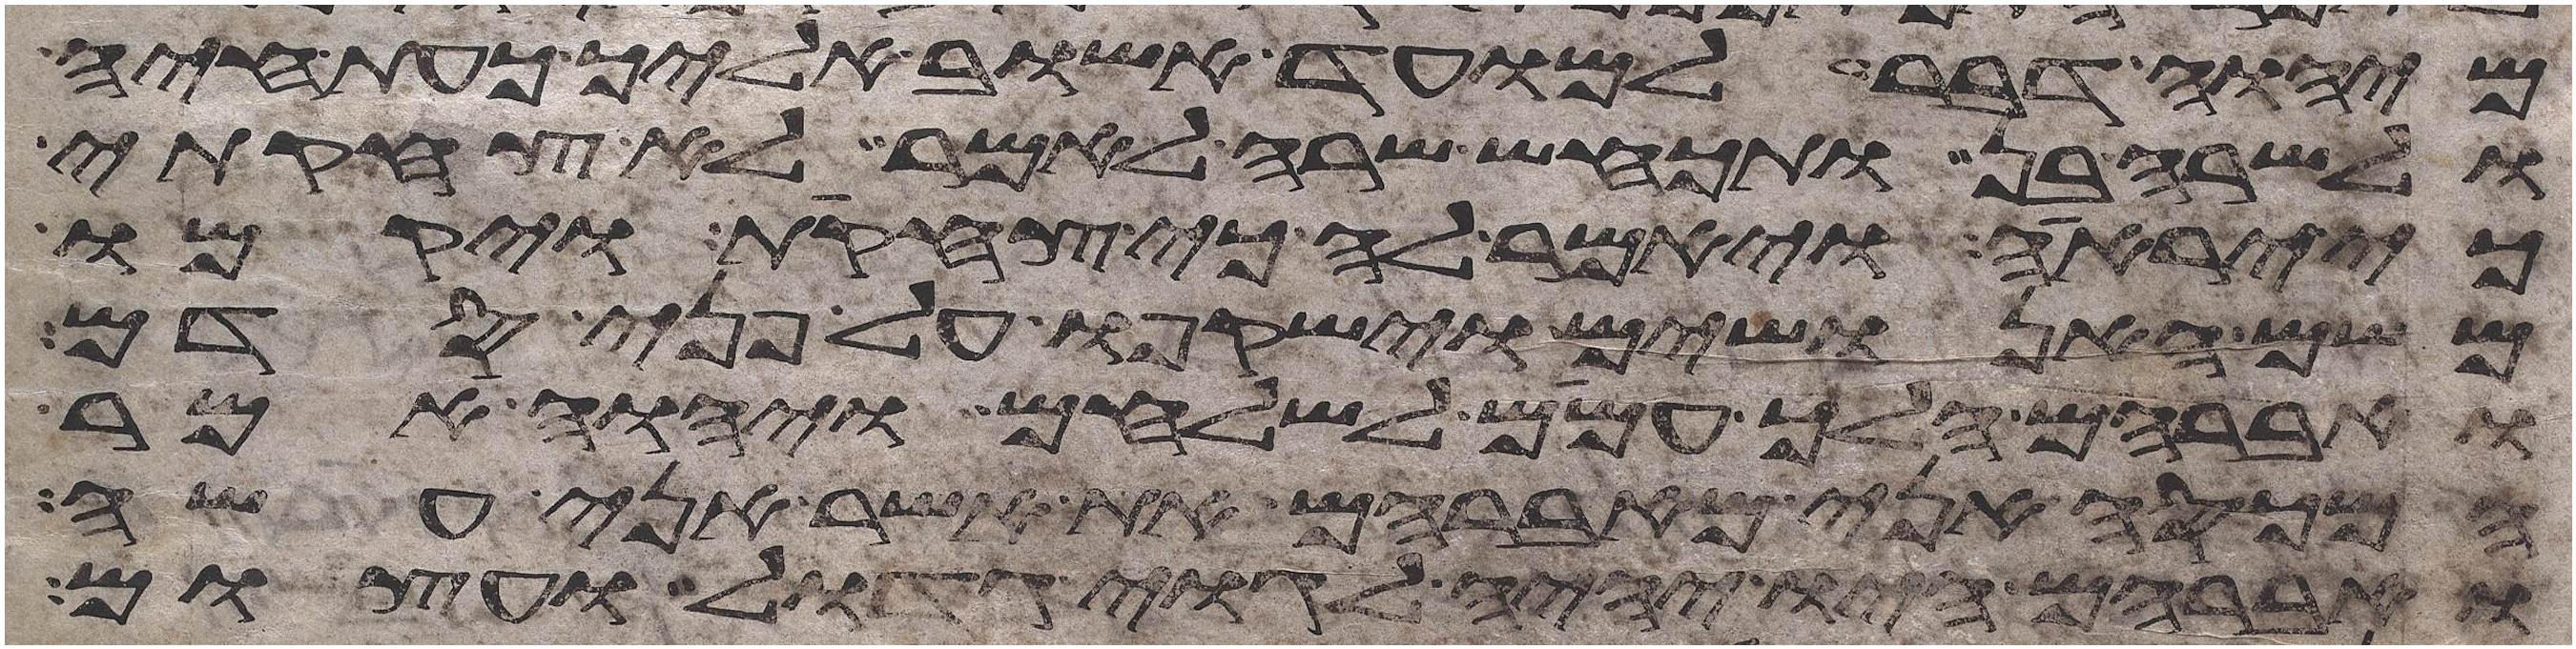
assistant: מיהוה דבר למועד אשוב אליך כעת חיה
ולשרה בן ותכחש שרה לאמר לא צחקתי
יראה ויאמר לה כי צחקת ויקמו
משם האנושים וישקפו על פני סדם
ואברהם הלך עמם לשלחם ויהוה אמר
המכסה אני מאברהם את אשר אני עשה
ואברהם היו יהיה לגוי גדול ועצום